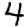
Digit: 4